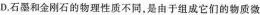
石的物理性质不同，是由于组成它们的物质微